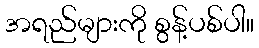
အရည်များကို စွန့်ပစ်ပါ။